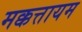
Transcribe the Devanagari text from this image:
मक्कत्तायम